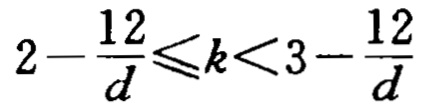
\(2-\frac{12}{d}\leqslant k<3-\frac{12}{d}\)